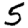
Digit: 5